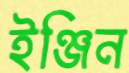
ইঞ্জিন